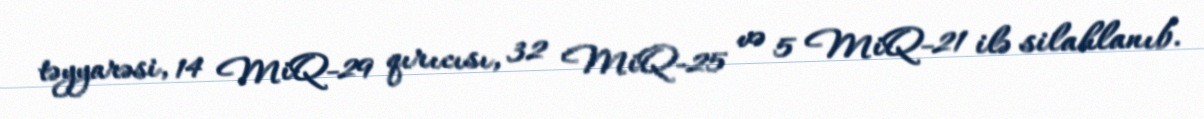
təyyarəsi, 14 MiQ-29 qırıcısı, 32 MiQ-25 və 5 MiQ-21 ilə silahlanıb.